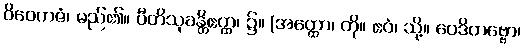
ဝိဝေကဇံ၊ မည်၏။ ပီတိသုခန္တိဧတ္ထ၊ ၌။ (အတ္ထော၊ ကို။ ဧဝံ၊ သို့။ ဝေဒိတဗ္ဗော၊